Plague in India, 1896, 1897 - Volume 1
Year: 1896
Disease focus: Plague
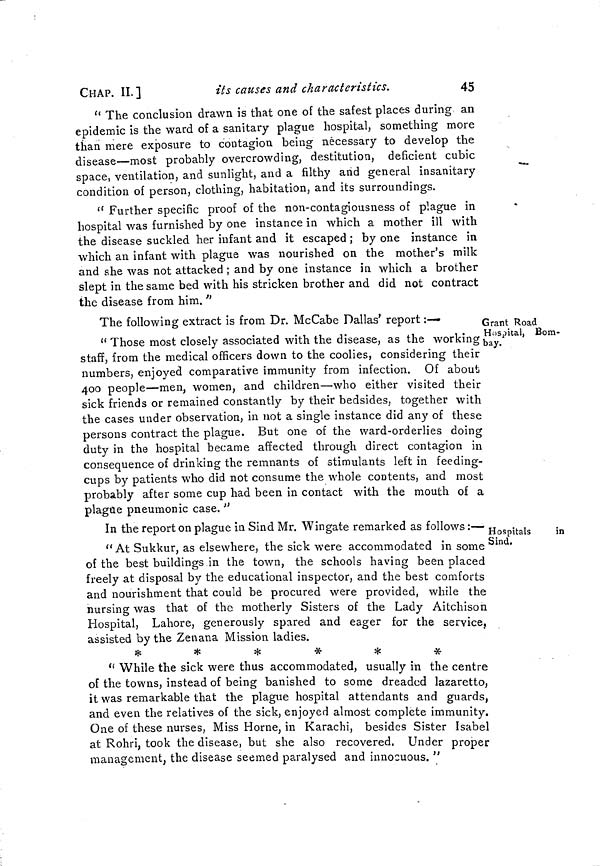
CHAP. II.]
its causes and characteristics.
45
" The conclusion drawn is that one of the safest places during an
epidemic is the ward of a sanitary plague hospital, something more
than mere exposure to contagion being necessary to develop the
disease—most probably overcrowding, destitution, deficient cubic
space, ventilation, and sunlight, and a filthy and general insanitary
condition of person, clothing, habitation, and its surroundings.
" Further specific proof of the non-contagiousness of plague in
hospital was furnished by one instance in which a mother ill with
the disease suckled her infant and it escaped ; by one instance in
which an infant with plague was nourished on the mother's milk
and she was not attacked ; and by one instance in which a brother
slept in the same bed with his stricken brother and did not contract
the disease from him. "
Grant Road
Hospital, Bom-
bay.
The following extract is from Dr. McCabe Dallas' report :—
" Those most closely associated with the disease, as the working
staff, from the medical officers down to the coolies, considering their
numbers, enjoyed comparative immunity from infection. Of about
400 people—men, women, and children—who either visited their
sick friends or remained constantly by their bedsides, together with
the cases under observation, in not a single instance did any of these
persons contract the plague. But one of the ward-orderlies doing
duty in the hospital became affected through direct contagion in
consequence of drinking the remnants of stimulants left in feeding-
cups by patients who did not consume the whole contents, and most
probably after some cup had been in contact with the mouth of a
plague pneumonic case. "
Hospitals
in
Sind.
In the report on plague in Sind Mr. Wingate remarked as follows :—
" At Sukkur, as elsewhere, the sick were accommodated in some
of the best buildings in the town, the schools having been placed
freely at disposal by the educational inspector, and the best comforts
and nourishment that could be procured were provided, while the
nursing was that of the motherly Sisters of the Lady Aitchison
Hospital, Lahore, generously spared and eager for the service,
assisted by the Zenana Mission ladies.
*
*
*
*
*
*
" While the sick were thus accommodated, usually in the centre
of the towns, instead of being banished to some dreaded lazaretto,
it was remarkable that the plague hospital attendants and guards,
and even the relatives of the sick, enjoyed almost complete immunity.
One of these nurses, Miss Home, in Karachi, besides Sister Isabel
at Rohri, took the disease, but she also recovered. Under proper
management, the disease seemed paralysed and innocuous. "